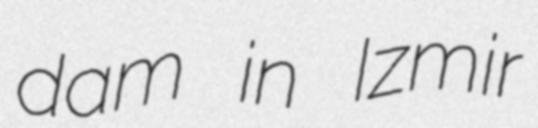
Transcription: dam in Izmir